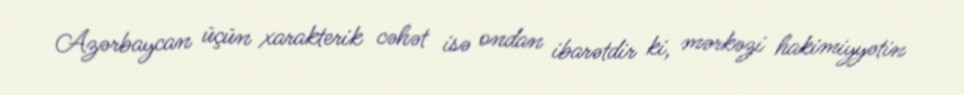
Azərbaycan üçün xarakterik cəhət isə ondan ibarətdir ki, mərkəzi hakimiyyətin